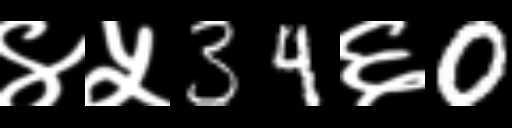
Text: ४५34६0